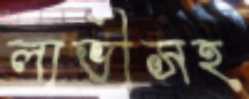
লাভীসহ